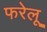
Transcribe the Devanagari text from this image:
फरेलू